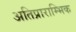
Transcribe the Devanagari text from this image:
अतिप्राराम्भिक